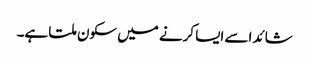
شائد اسے ایسا کرنے میں سکون ملتا ہے۔